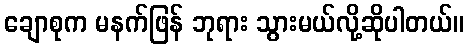
ချောစုက မနက်ဖြန် ဘုရား သွားမယ်လို့ဆိုပါတယ်။